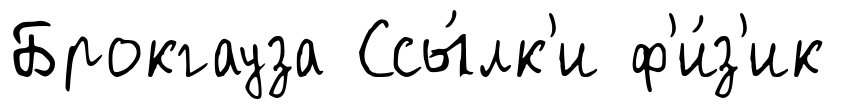
Брокгауза Ссы́лк'и ф'и́з'ик